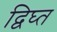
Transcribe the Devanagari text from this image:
द्विघ्त